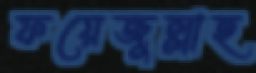
ফয়েজুল্লাহ